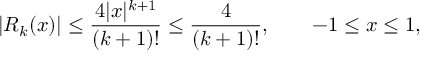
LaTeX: | R _ { k } ( x ) | \leq { \frac { 4 | x | ^ { k + 1 } } { ( k + 1 ) ! } } \leq { \frac { 4 } { ( k + 1 ) ! } } , \qquad - 1 \leq x \leq 1 ,